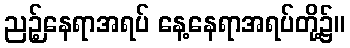
ညဉ့်နေရာအရပ် နေ့နေရာအရပ်တို့၌။